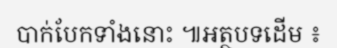
បាក់បែកទាំងនោះ ៕អត្ថបទដើម ៖